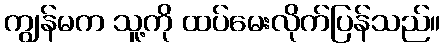
ကျွန်မက သူ့ကို ထပ်မေးလိုက်ပြန်သည်။